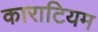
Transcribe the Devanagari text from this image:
काराटियम